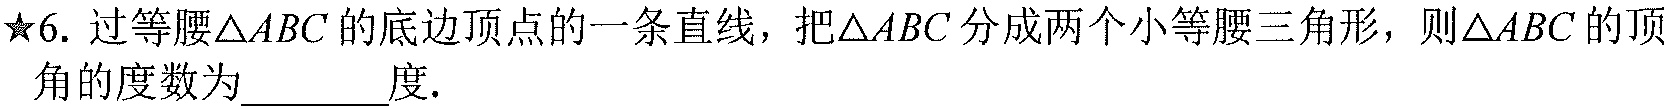
★6. 过等腰$\triangle ABC$的底边顶点的一条直线，把$\triangle ABC$分成两个小等腰三角形，则$\triangle ABC$的顶
角的度数为________度.